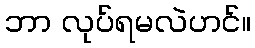
ဘာ လုပ်ရမလဲဟင်။